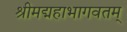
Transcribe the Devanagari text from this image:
श्रीमद्महाभागवतम्